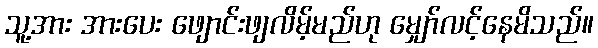
သူ့အား အားပေး ဖျောင်းဖျလိမ့်မည်ဟု မျှော်လင့်နေမိသည်။